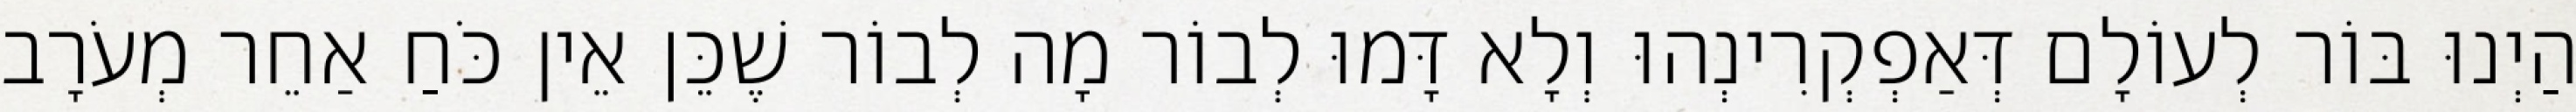
הַיְנוּ בּוֹר לְעוֹלָם דְּאַפְקְרִינְהוּ וְלָא דָּמוּ לְבוֹר מָה לְבוֹר שֶׁכֵּן אֵין כֹּחַ אַחֵר מְעֹרָב